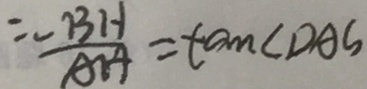
= \frac { - B H } { A H } = \tan \angle D A G